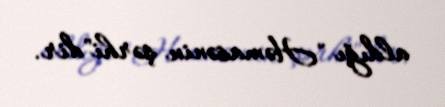
aldığı "Həmasənin şərhi"dir.